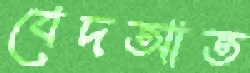
বেদআত